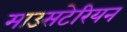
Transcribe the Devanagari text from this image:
माउसटेरियन